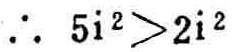
\(\therefore\ 5\text{i}^2>2\text{i}^2\)